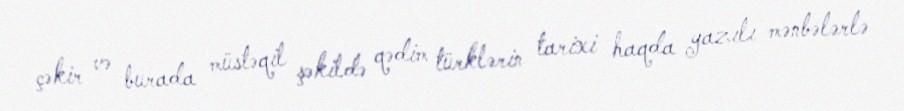
çəkir və burada müstəqil şəkildə qədim türklərin tarixi haqda yazılı mənbələrlə